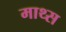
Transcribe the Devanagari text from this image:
माथ्स